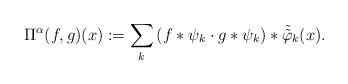
LaTeX: \begin{align*}\Pi^\alpha(f, g)(x):=\sum_k \left( f \ast \psi_k \cdot g \ast \psi_k \right) \ast \tilde{\tilde \varphi}_k(x).\end{align*}